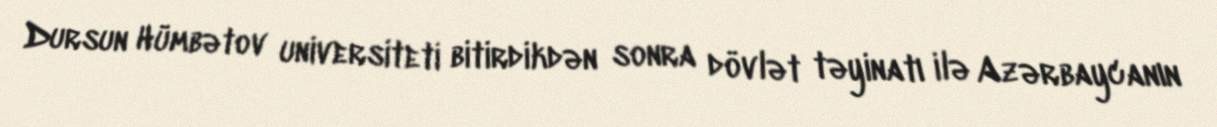
Dursun Hümbətov universiteti bitirdikdən sonra dövlət təyinatı ilə Azərbaycanın